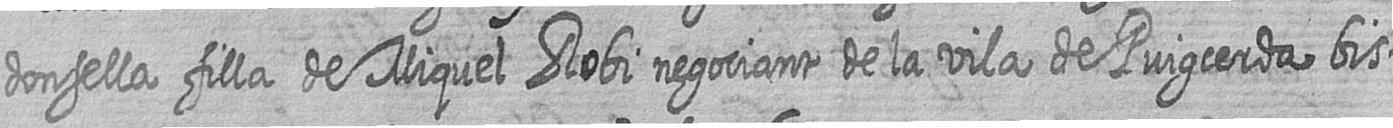
donsella filla de Miquel Robi negociant de la vila de Puigcerda bis=